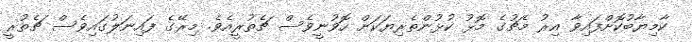
ކާމިޔާބުކޮށްފައިވާ އިރު މެޗުގެ މޮޅު ކުޅުންތެރިޔަކަށް ހޮވުނީވެސް ޗެތުރީއެވެ. މިރޭގެ ފައިނަލުގައިވެސް ޗެތުރީ